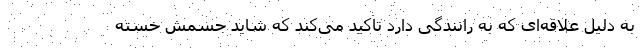
به دلیل علاقه‌ای که به رانندگی دارد تاکید می‌کند که شاید جسمش خسته